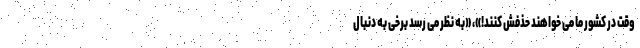
وقت در کشور ما می خواهند حذفش کنند!»، «به نظر می رسد برخی به دنبال